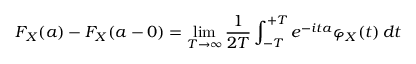
F _ { X } ( a ) - F _ { X } ( a - 0 ) = \operatorname* { l i m } _ { T \to \infty } { \frac { 1 } { 2 T } } \int _ { - T } ^ { + T } e ^ { - i t a } \varphi _ { X } ( t ) \, d t